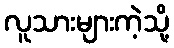
လူသားများကဲ့သို့